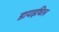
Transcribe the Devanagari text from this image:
डायइथिल